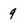
Character: 9